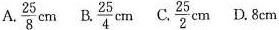
A. \frac{25}{8}cm B. \frac{25}{4}cm C. \frac{25}{2}cm D. 8cm